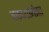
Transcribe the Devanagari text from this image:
वक्तव्यांनंतर